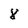
Character: 8